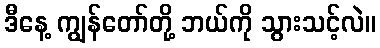
ဒီနေ့ ကျွန်တော်တို့ ဘယ်ကို သွားသင့်လဲ။